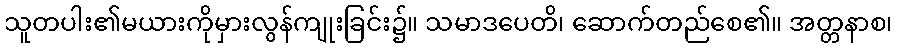
သူတပါး၏မယားကိုမှားလွန်ကျုးခြင်း၌။ သမာဒပေတိ၊ ဆောက်တည်စေ၏။ အတ္တနာစ၊